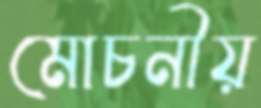
মোচনীয়